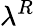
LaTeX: \lambda^{R}